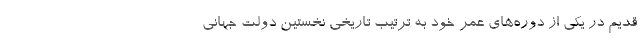
قدیم در یکى از دوره‌هاى عمر خود به ترتیب تاریخى نخستین دولت جهانى